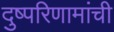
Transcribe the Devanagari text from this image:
दुष्परिणामांची